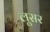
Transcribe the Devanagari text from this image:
लूसर